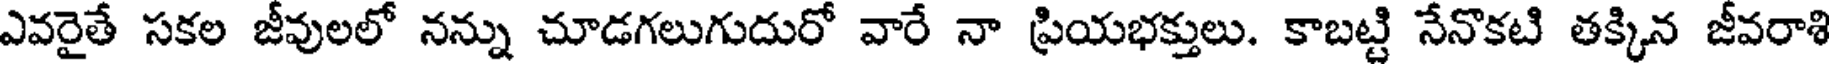
ఎవరైతే సకల జీవులలో నన్ను చూడగలుగుదురో వారే నా ప్రియభక్తులు. కాబట్టి నేనొకటి తక్కిన జీవరాశి